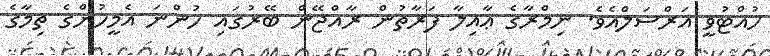
ހުއްޓުވީ އަރްސަލްއެވެ. ނިމްރާގެ ޢާއިލާ ފަރާތުން ރާއްޖޭން ބޭރުގައި ހުންނަ އެމީހުންގެ ތިމާގެ